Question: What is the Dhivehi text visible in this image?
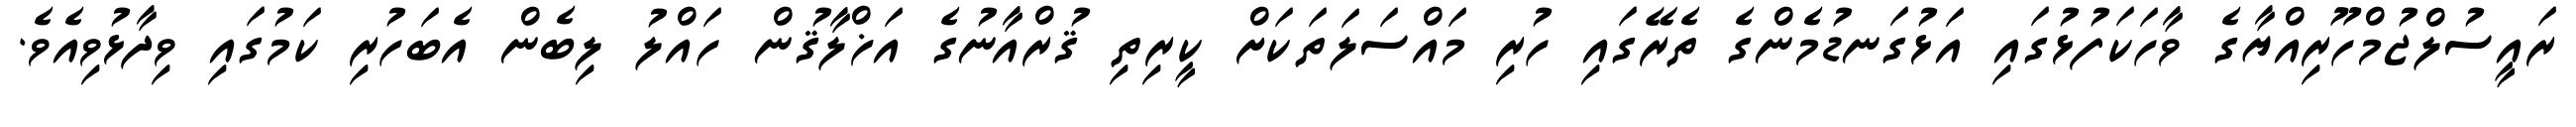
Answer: ރައީސުލްޖުމްހޫރިއްޔާގެ ވާހަކަފުޅުގައި އަޅުގަނޑުމެންގެ ތެރޭގައި ހުރި މައްސަލަތަކަށް ކީރިތި ޤުރްއާނުގެ އަޚްލާޤުން ހައްލު ލިބެން އެބަހުރި ކަމުގައި ވިދާޅުވިއެވެ.